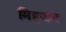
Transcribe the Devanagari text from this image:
मिहजम